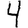
Digit: 4